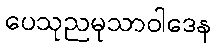
ပေသုညမုသာဝါဒေန